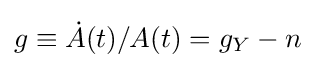
g\equiv {\dot {A}}(t)/A(t)=g_{Y}-n